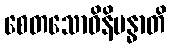
စေတသောဝိနိဗန္ဓာတိ